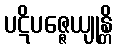
ပဋိပဇ္ဇေယျုန္တိ